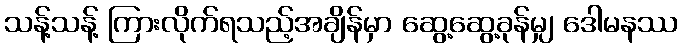
သန့်သန့် ကြားလိုက်ရသည့်အချိန်မှာ ဆွေ့ဆွေ့ခုန်မျှ ဒေါမနဿ